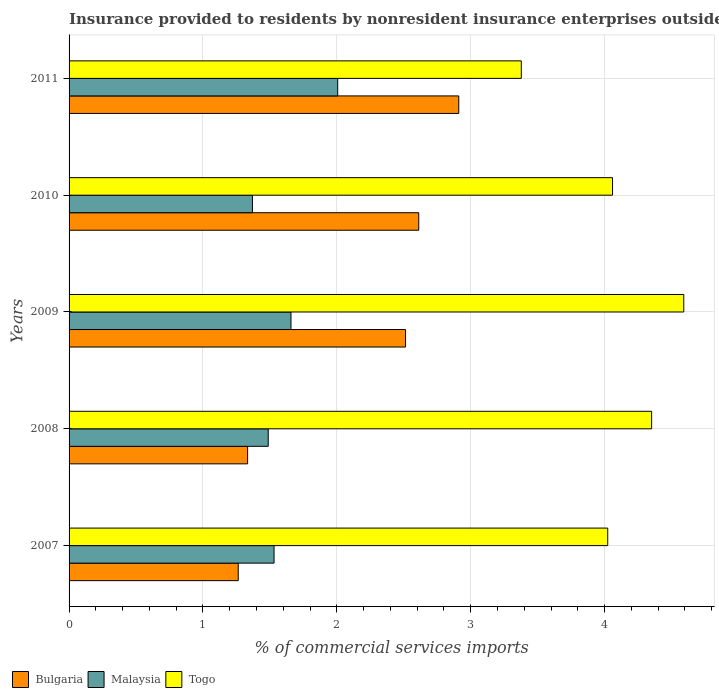
| Years | Bulgaria | Malaysia | Togo |
 | --- | --- | --- | --- |
 | 2007 | 1.26 | 1.53 | 4.02 |
 | 2008 | 1.33 | 1.49 | 4.35 |
 | 2009 | 2.51 | 1.66 | 4.59 |
 | 2010 | 2.61 | 1.37 | 4.06 |
 | 2011 | 2.91 | 2.01 | 3.38 |